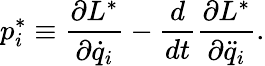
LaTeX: p_{i}^{*}\equiv\frac{\partial L^{*}}{\partial\dot{q}_{i}}-\frac{d}{dt}\frac{\partial L^{*}}{\partial\ddot{q}_{i}}.